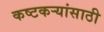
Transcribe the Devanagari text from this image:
कष्टकर्‍यांसाठी